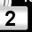
Digit: 2